Burma Government Medical School reports 1923-41
Year: 1923
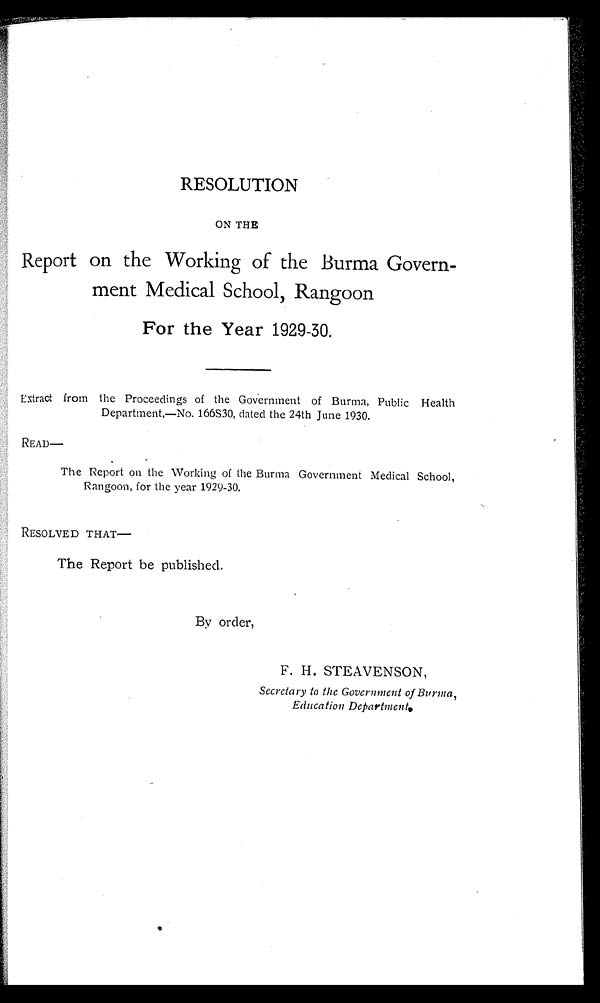
RESOLUTION
ON THE
Report on the Working of the Burma Govern-
ment Medical School, Rangoon
For the Year 1929-30.
Extract from the Proceedings of the Government of Burma, Public Health
Department,—No. 166S30, dated the 24th June 1930.
READ—
The Report on the Working of the Burma Government Medical School,
Rangoon, for the year 1929-30.
RESOLVED THAT—
The Report be published.
By order,
F. H. STEAVENSON,
Secretary to the Government of Burma,
Education Department.